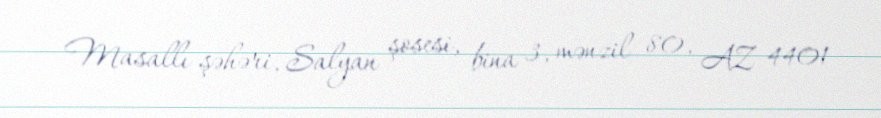
Masallı şəhəri, Salyan şosesi, bina 3, mənzil 80, AZ 4401